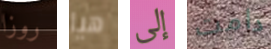
روزا هيا إلى دامت